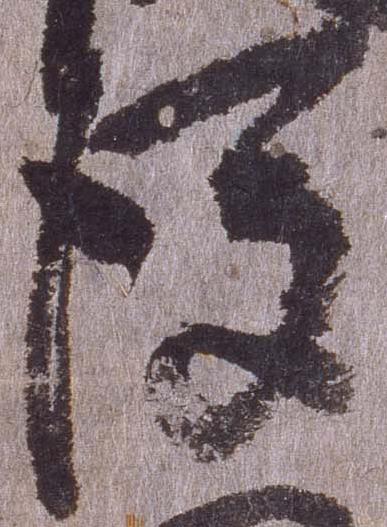
後